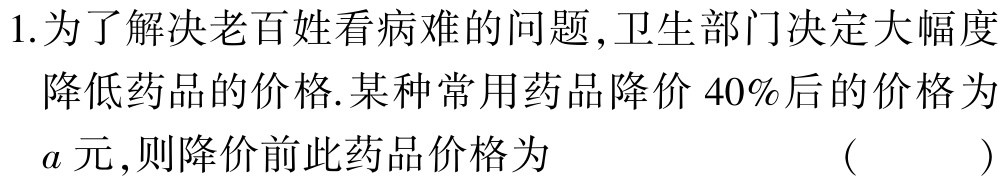
1.为了解决老百姓看病难的问题,卫生部门决定大幅度降低药品的价格.某种常用药品降价$40\%$后的价格为$a$元,则降价前此药品价格为 （  ）